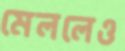
মেললেও